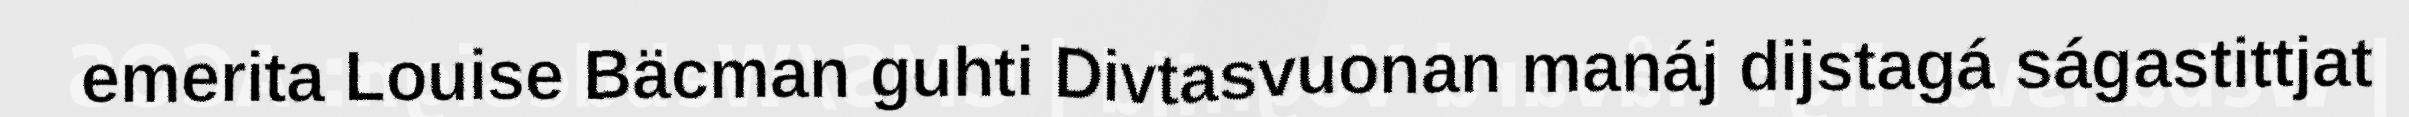
emerita Louise Bäcman guhti Divtasvuonan manáj dijstagá ságastittjat